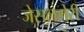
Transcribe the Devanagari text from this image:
जेसलमेरी